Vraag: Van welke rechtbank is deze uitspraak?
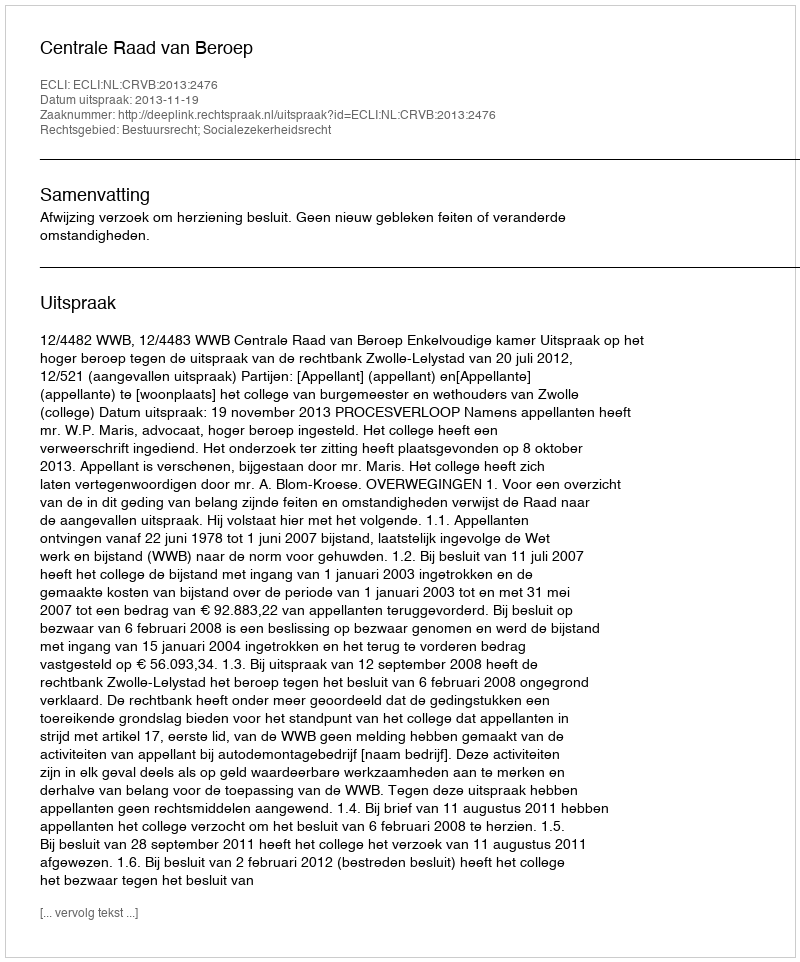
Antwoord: Centrale Raad van Beroep